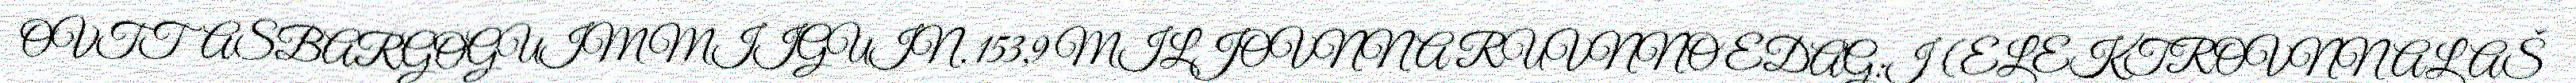
OVTTASBARGOGUIMMIIGUIN. 153,9 MILJOVNNA RUVNNO EDAG:I (ELEKTROVNNALAŠ